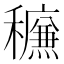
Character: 𰨿